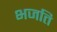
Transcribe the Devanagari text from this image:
भजति